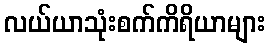
လယ်ယာသုံးစက်ကိရိယာများ